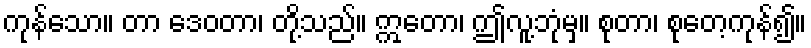
ကုန်သော။ တာ ဒေဝတာ၊ တို့သည်။ ဣတော၊ ဤလူ့ဘုံမှ။ စုတာ၊ စုတေ့ကုန်၍။